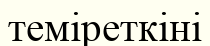
теміреткіні